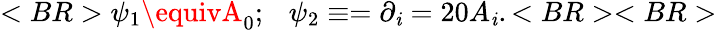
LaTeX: <BR>\psi_{1}\equivA_{0};~~~\psi_{2}\equiv=\partial_{\mathit{i}}=20A_{\mathit{i}}.<BR><BR>